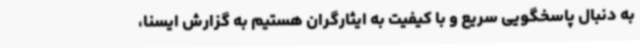
به دنبال پاسخگویی سریع و با کیفیت به ایثارگران هستیم به گزارش ایسنا،